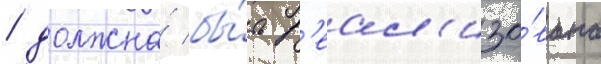
/ должна́ бы́ть р'еал'изо́вана